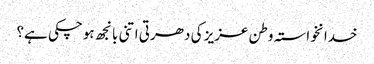
خدانخواستہ وطن عزیز کی دھرتی اتنی بانجھ ہوچکی ہے؟